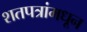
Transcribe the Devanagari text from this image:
शतपत्रांमधून